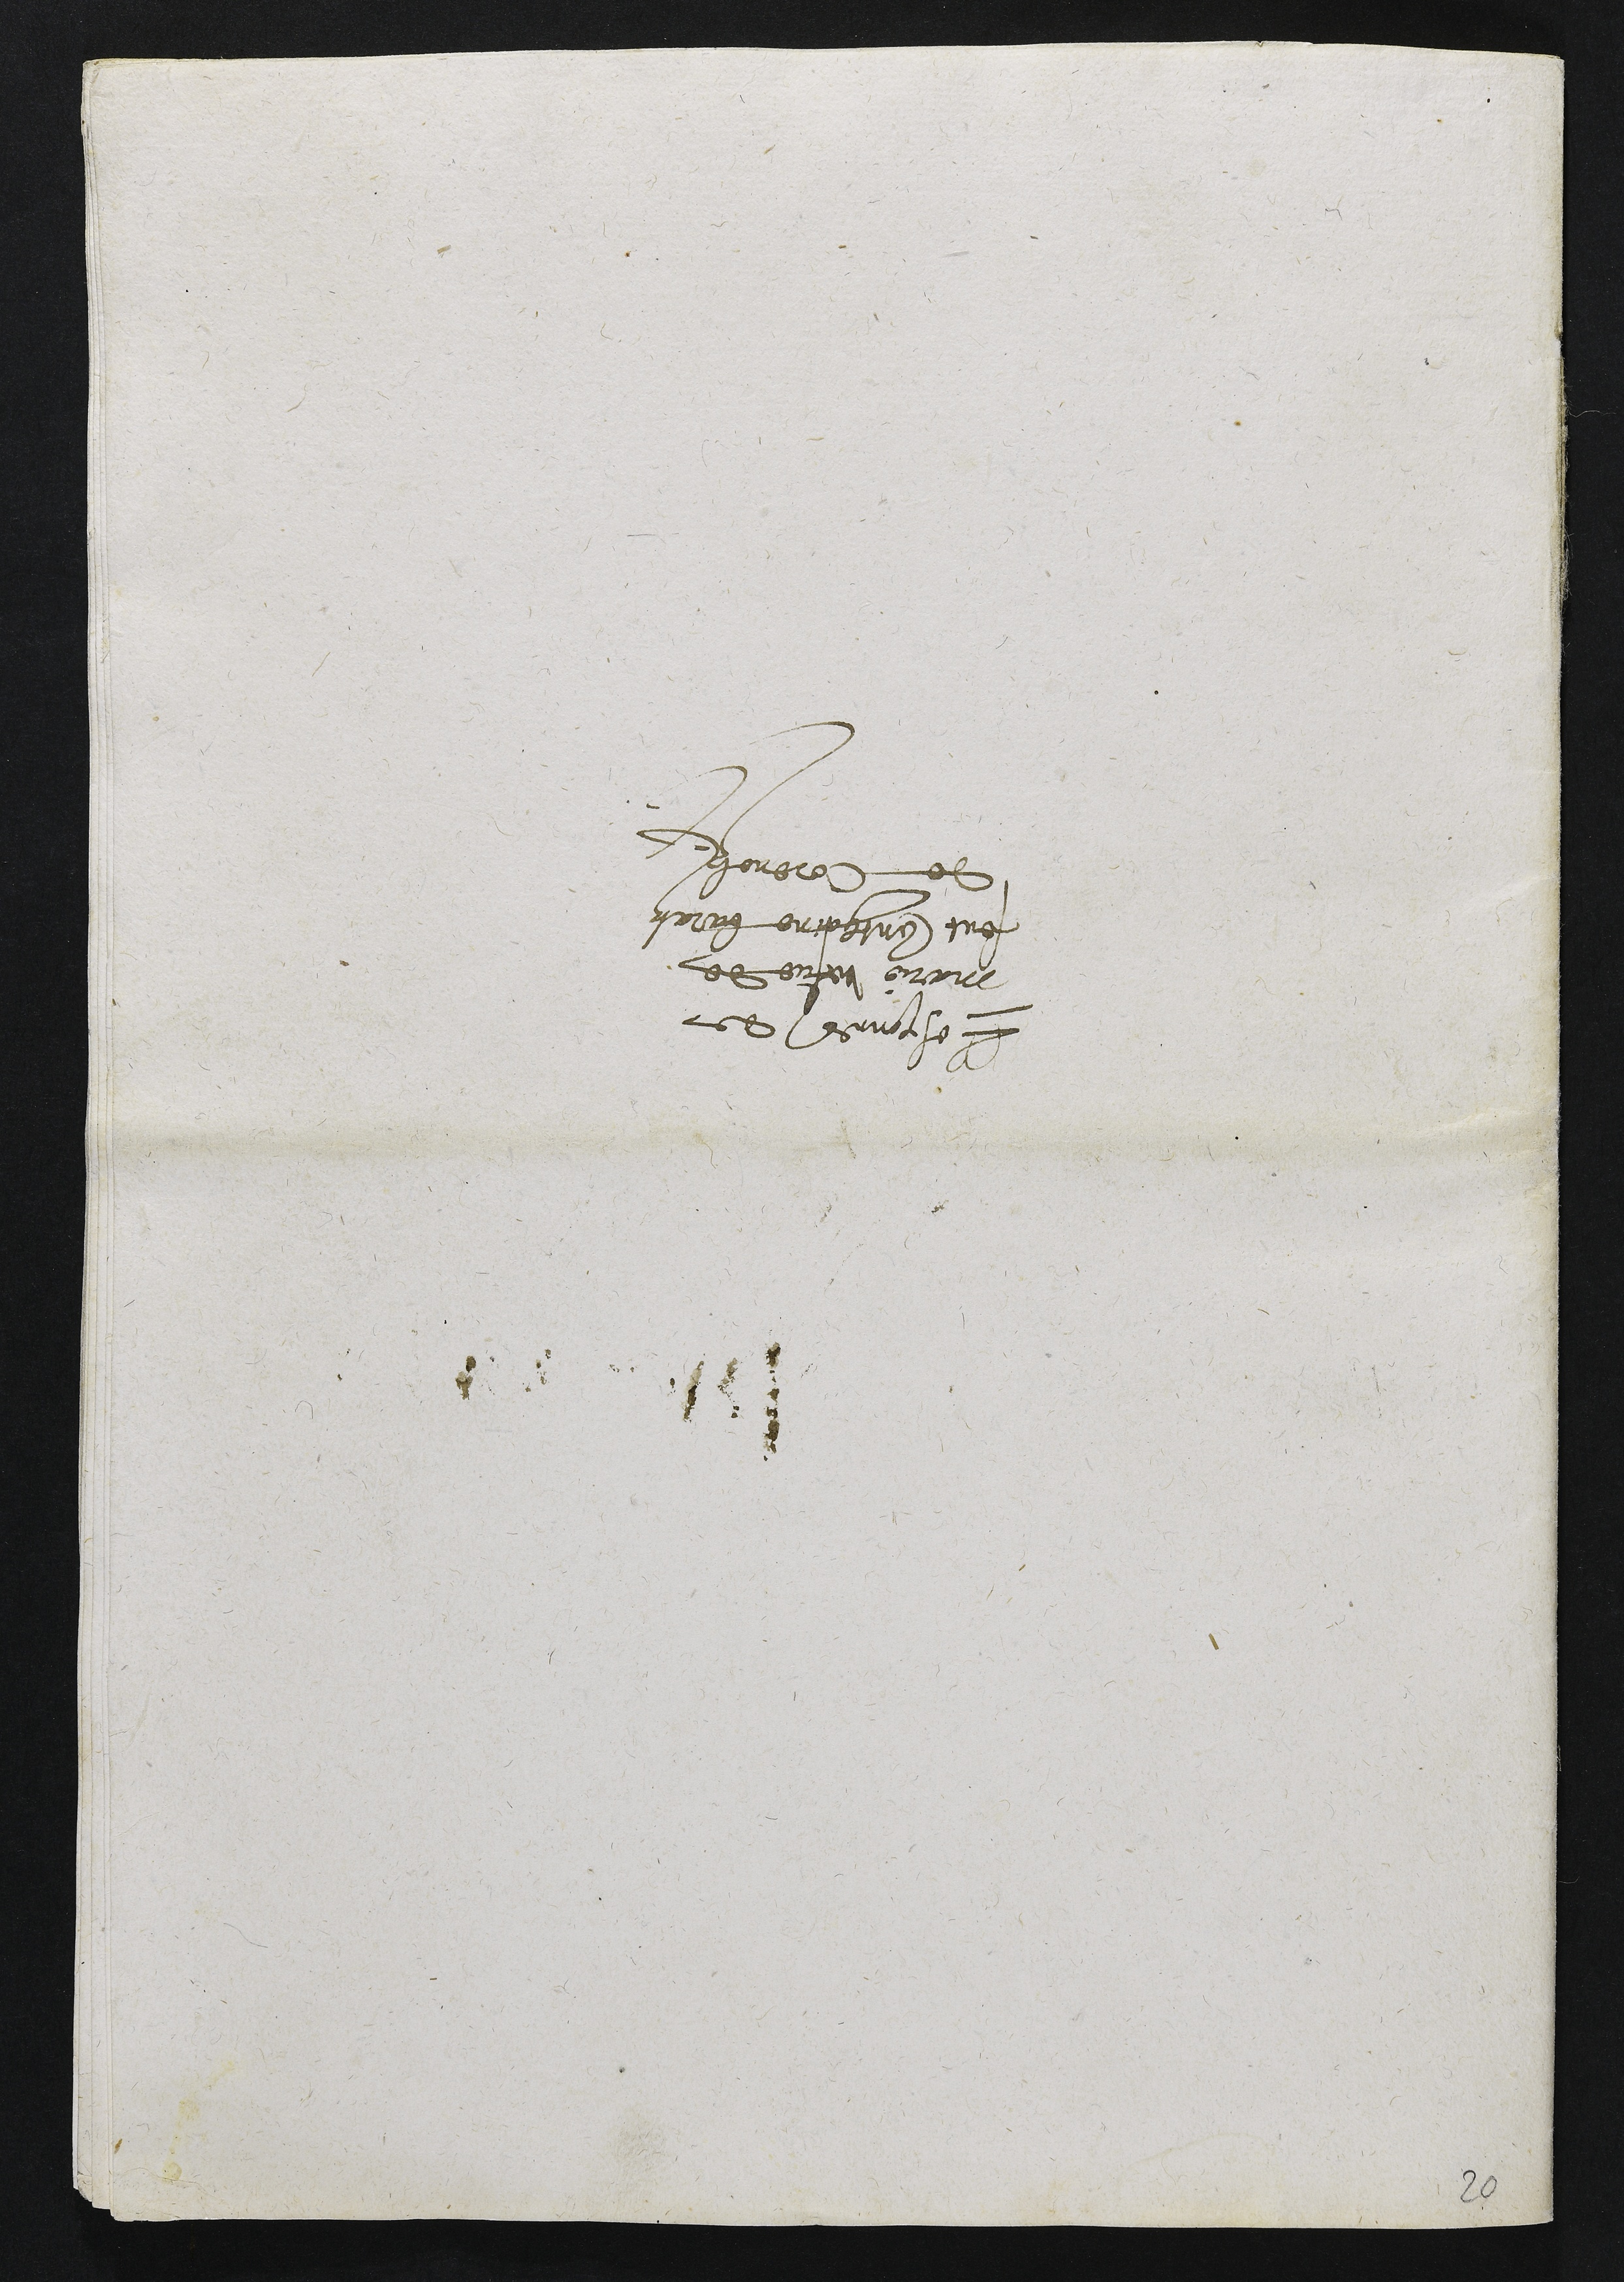
Lesponces de
marie vefve de
feut Conthaine baratz
de Corenolz